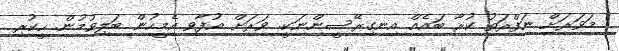
މަވަރަށް ނަފްރަތު ކުރާ ބައެއް އިނގިރޭސީންނަކީ. ވަރަށް އުފާވި އެމީހުން ބަލިވުމުން. ހީކުރި